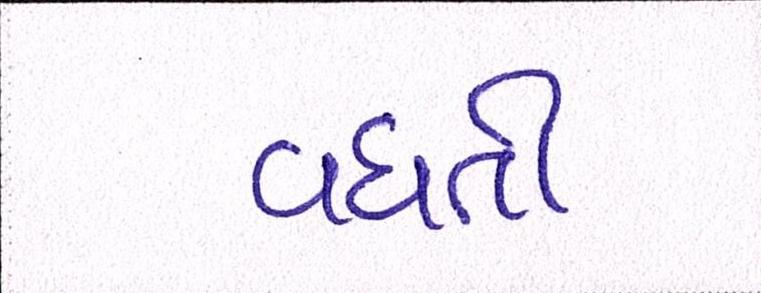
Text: વધતી